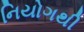
નિયોગથી